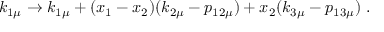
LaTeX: k _ { 1 \mu } \rightarrow k _ { 1 \mu } + ( x _ { 1 } - x _ { 2 } ) ( k _ { 2 \mu } - p _ { 1 2 \mu } ) + x _ { 2 } ( k _ { 3 \mu } - p _ { 1 3 \mu } ) \ .